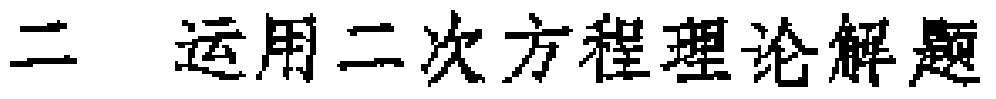
二 运用二次方程理论解题